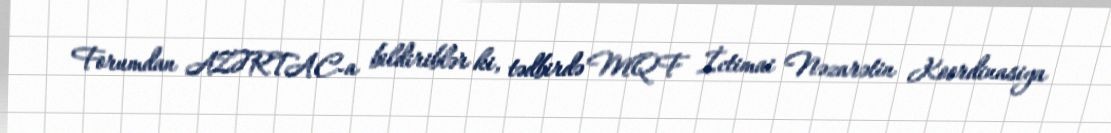
Forumdan AZƏRTAC-a bildiriblər ki, tədbirdə MQF İctimai Nəzarətin Koordinasiya